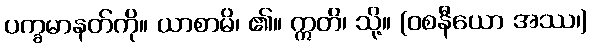
ပက္ခမာနတ်ကို။ ယာစာမိ၊ ၏။ ဣတိ၊ သို့။ (ဝစနီယော အဿ၊)